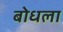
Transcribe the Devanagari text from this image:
बोधला